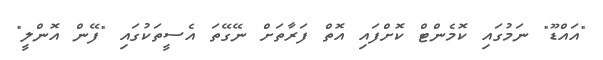
"އައްޑޫ" ނަމުގައި ކޮމެންޓް ކޮށްފައި އޮތް ފަރާތަށް ނޭގޭތަ އެސީތަކުގައި "ފޭން އޮންލީ"